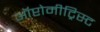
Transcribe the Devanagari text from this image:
ऑप्टोमीट्रिस्ट